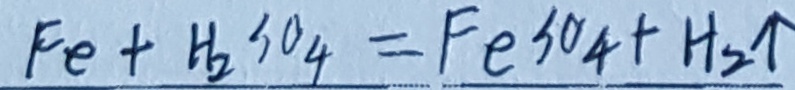
F e + H _ { 2 } S O _ { 4 } = F e S 0 _ { 4 } + H _ { 2 } \uparrow